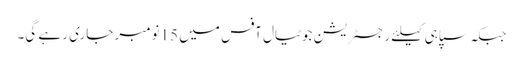
جبکہ سپاہی کیلئے رجسٹریشن جوٹیال آفس میں 15نومبر جاری رہے گی۔